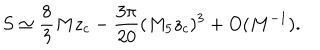
S \simeq \frac { 8 } { 3 } M z _ { c } - \frac { 3 \pi } { 2 0 } ( M _ { 5 } z _ { c } ) ^ { 3 } + O ( M ^ { - 1 } ) .